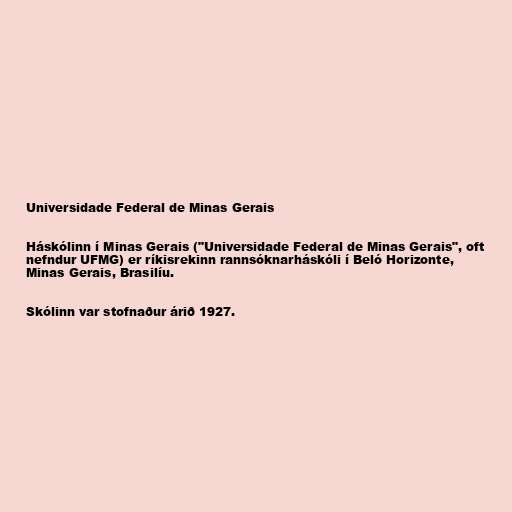
Universidade Federal de Minas Gerais

Háskólinn í Minas Gerais ("Universidade Federal de Minas Gerais", oft
nefndur UFMG) er ríkisrekinn rannsóknarháskóli í Beló Horizonte,
Minas Gerais, Brasilíu.

Skólinn var stofnaður árið 1927.